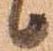
候